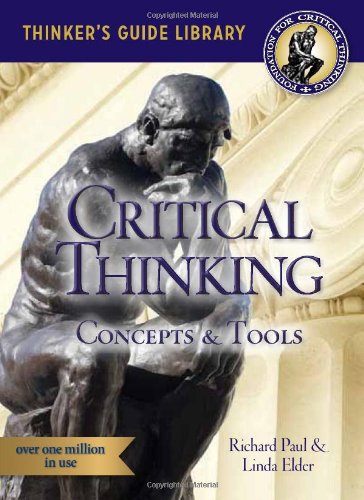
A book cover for The Miniature Guide to Critical Thinking-Concepts and Tools (Thinker's Guide); Richard Paul; Politics & Social Sciences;